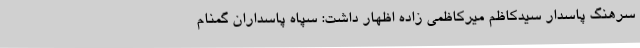
سرهنگ پاسدار سیدکاظم میرکاظمی زاده اظهار داشت: سپاه پاسداران گمنام